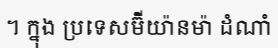
។ ក្នុង ប្រទេសម៊ីយ៉ានម៉ា ដំណាំ